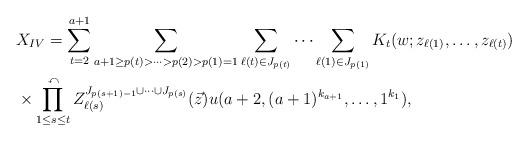
LaTeX: \begin{align*}& X_{IV}=\sum_{t=2}^{a+1}\sum_{a+1 \ge p(t)>\cdots >p(2)>p(1)=1}\sum_{\ell(t)\in J_{p(t)}} \cdots \sum_{\ell(1) \in J_{p(1)}} K_{t}(w; z_{\ell(1)}, \ldots , z_{\ell(t)}) \\ & {}\times \prod_{1\le s \le t}^{\curvearrowleft}Z_{\ell(s)}^{J_{p(s+1)-1}\cup \cdots \cup J_{p(s)}}(\vec{z})u(a+2, (a+1)^{k_{a+1}}, \ldots , 1^{k_{1}}), \end{align*}